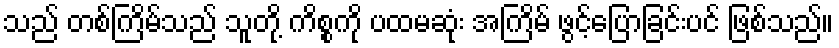
သည် တစ်ကြိမ်သည် သူတို့ ကိစ္စကို ပထမဆုံး အကြိမ် ဖွင့်ပြောခြင်းပင် ဖြစ်သည်။